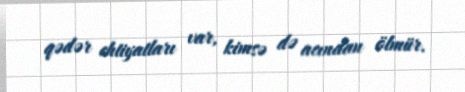
qədər ehtiyatları var, kimsə də acından ölmür.